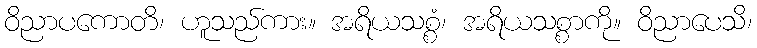
ဝိညာပကောတိ၊ ဟူသည်ကား။ အရိယသစ္စံ၊ အရိယသစ္စာကို။ ဝိညာပေသိ၊